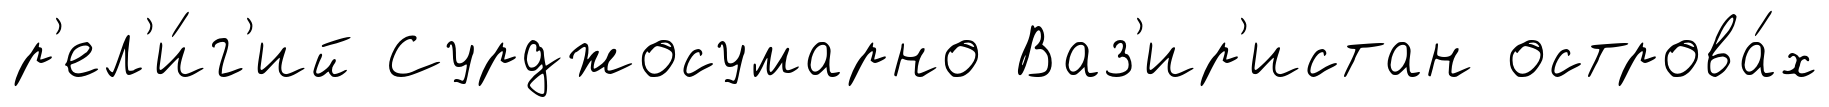
р'ел'и́г'ий Сурджосумарно Ваз'ир'истан острова́х